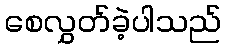
စေလွှတ်ခဲ့ပါသည်